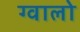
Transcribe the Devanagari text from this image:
ग्‍वालो